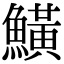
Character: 鱑